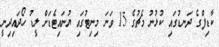
ކާޑިފްގެ ދަނޑުގައި ކުޅުނު މެޗުގެ 15 ވަނަ މިނިޓުގައި ޔުނައިޓެޑަށް ލީޑު ހޯދައިދިނީ